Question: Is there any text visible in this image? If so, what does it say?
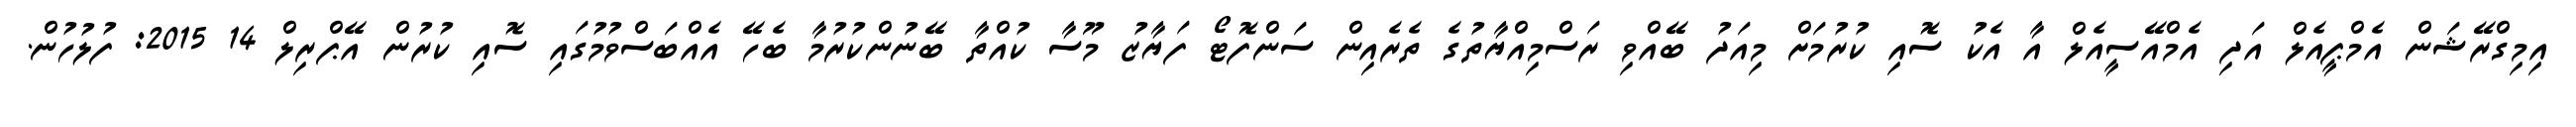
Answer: އިމިގްރޭޝަން އެމްޕީއެލް އަދި އެމްއޭސީއެލް އާ އެކު ސޮއި ކުރުމަށް މިއަދު ބޭއްވި ރަސްމިއްޔާތުގެ ތެރެއިން ސަންފޮޓޯ ފަޔާޒު މޫސާ ކުއްތާ ބޭނުންކުރުމާ ބެހޭ އެއްބަސްވުމުގައި ސޮއި ކުރުން އޭޕްރިލް 14 2015: ފުލުހުން.